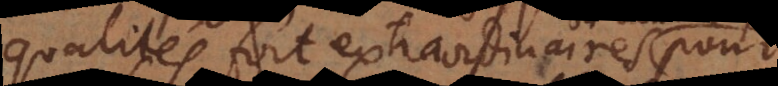
qualités fort extraordinaires ou